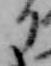
る